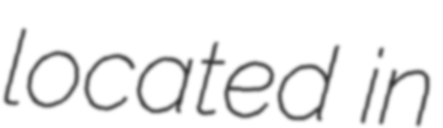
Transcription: located in